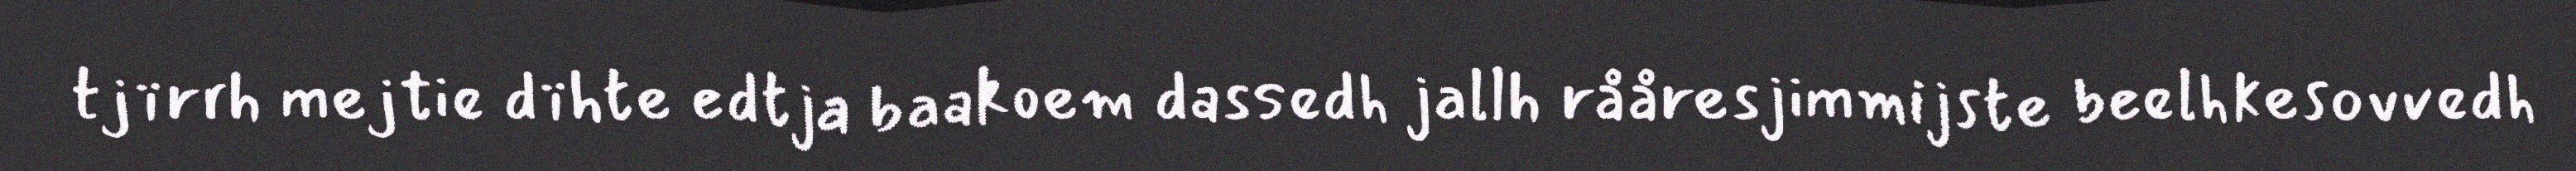
tjïrrh mejtie dïhte edtja baakoem dassedh jallh rååresjimmijste beelhkesovvedh